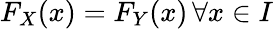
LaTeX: F_{X}(x)=F_{Y}(x)\, \forall x\in I